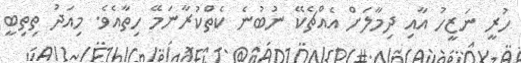
ހުރީ ނަޒީހު އާއި ދިމާލަށް އެއްޗެކޭ ނުބުނެ ކެތްކުރާނަމޭ ހިތާއެވެ. މިއަދު ތިތިބީ